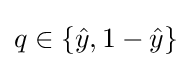
q\in \{{\hat {y}},1-{\hat {y}}\}